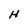
Character: H